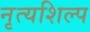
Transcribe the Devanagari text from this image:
नृत्यशिल्प